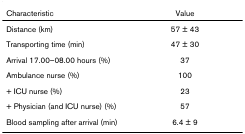
| Characteristic | Value |
 | --- | --- |
 | Distance (km) | 57 ± 43 |
 | Transporting time (min) | 47 ± 30 |
 | Arrival 17.00–08.00 hours (%) | 37 |
 | Ambulance nurse (%) | 100 |
 | + ICU nurse (%) | 23 |
 | + Physician (and ICU nurse) (%) | 57 |
 | Blood sampling after arrival (min) | 6.4 ± 9 |